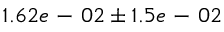
1 . 6 2 e \mathrm { ~ - ~ } 0 2 \pm 1 . 5 e \mathrm { ~ - ~ } 0 2